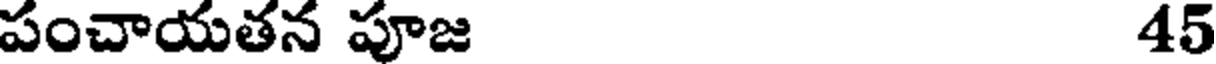
పంచాయతన పూజ 45